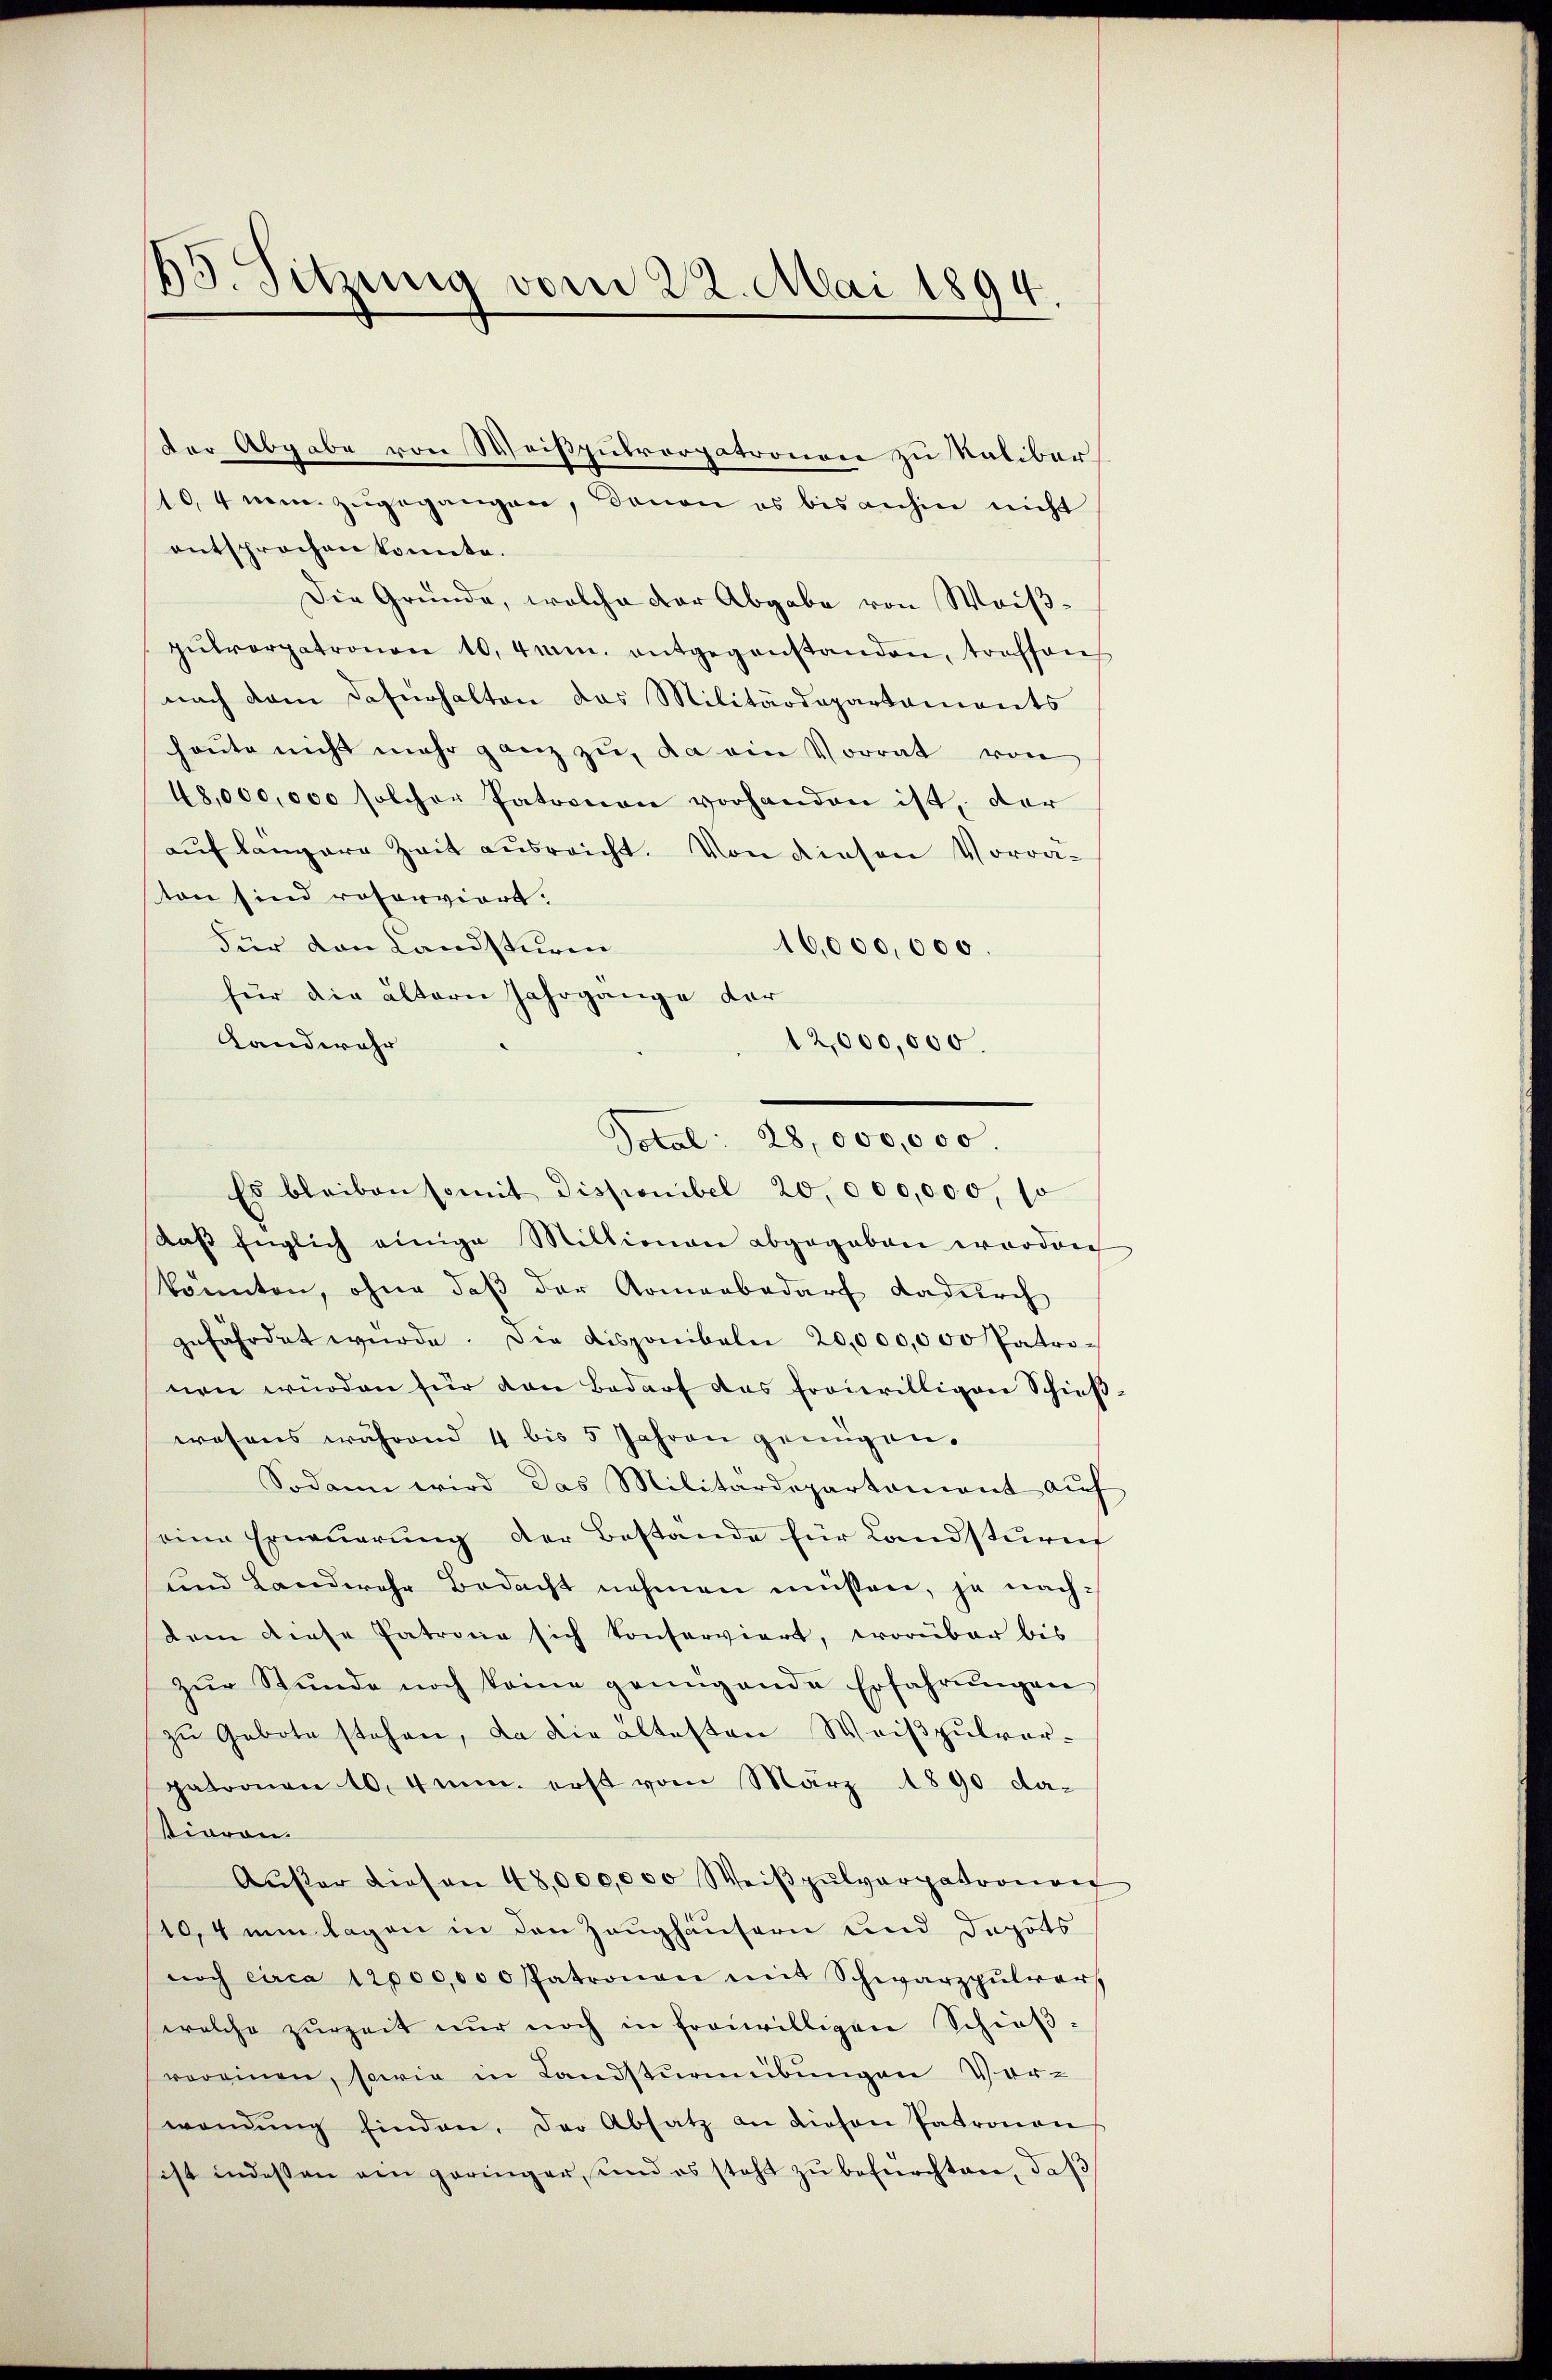
13. Sitzung vom 22. Mai 1894.

entsprochen konnte.
Die Gründe, welche der Abgabe von Weißpŭlrorpatronen 10. 4mm. entgegenstanden, treffen
nach dem Dafürhalten das Militärdepartamonts
heute nicht mehr ganz zu, da ein Vorrat von
48,000,000 solcher Patronon vorhanden ist, der
aŭf langere Zeit ausreicht. Von diesen Vorra-
ton sind votorviert.
Für den Landsturen
16,000,000.
für die ältern Jahrgange der
Landwehr
12,000,000.
Es bleiben somit Disponibel 20,000,000, so
daβ Englich einige Millionen abgegeben worden
konnten, ohne daß der Armenbedarf dadurch
gefährdet würde. Die Disponibeln 20,000,000 Patronen würden für den Bedarf das froierilligen Schieβ-
wesens während 4 bis 5 Jahren genügen.
Sodann wird das Militärdepartement auf
eine Erneuerung der Bestände für Landsturnf
und Landwehr Bedacht nehmen müssen, je nachdem diese Patrona sich konserviert, worüber bis
zŭr Stŭnde noch keine genügende Erfahrŭngen
zu Gebote stehen, da die altesten Weißpulverpatronen 10. 4mm. erst vom März 1890 da-
tiaron.
Aŭβer diesen 48,000,000 Weiβpŭlvarpatronon
10,4 einlagen in den Zeughäusern und Dapäts
noch circa 12000,000 Patronen mit Schwarzpŭlver,
welche zŭrzeit nŭr noch in freiwilligen Schieβ-
voreinen, sowie in Landsturmübungen Ver-
wendŭng finden. Der Absatz an diesen Patronen
ist indessen ein geringer, und es steht zŭ befürchtane, daß

10,4 nom zugegangen, dann es bis anhin nicht

der Abgabe von Weißputrorpatronen zu Saliber

Dotal: 28,000,000.